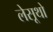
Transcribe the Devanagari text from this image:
लेसूथो